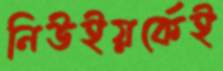
নিউইয়র্কেই